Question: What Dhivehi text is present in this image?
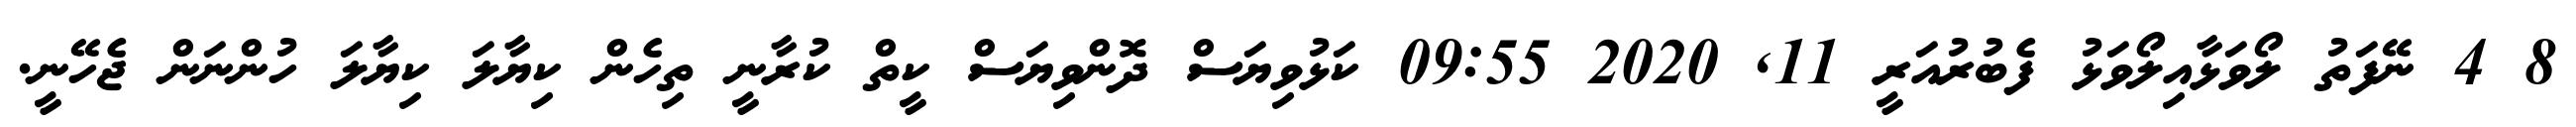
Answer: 8 4 ނޭފަތު ލޯވަޅާއިލޯވަޅު ފެބުރުއަރީ 11, 2020 09:55 ކަޅުވިޔަސް ދޮންވިޔަސް ކީތް ކުރާނީ ތިހެން ކިޔާލަ ކިޔާލަ ހުންނަން ޖެހޭނީ.